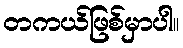
တကယ်ဖြစ်မှာပါ။